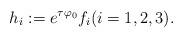
LaTeX: \begin{align*}h_{i}:=e^{\tau \varphi_{0}} f_{i} (i=1,2,3).\end{align*}